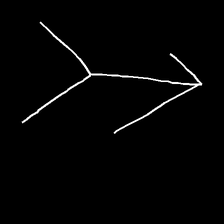
Glyph: gather